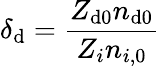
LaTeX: \delta_{\mathrm{d}}=\frac{{Z_{\mathrm{d}0}n_{\mathrm{d}0}}}{{Z_{i}n_{i,0}}}